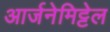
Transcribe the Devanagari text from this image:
आर्जनेमिट्टेल